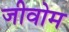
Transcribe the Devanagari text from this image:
जीवोम